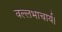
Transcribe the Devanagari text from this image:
वल्लभाचार्य।